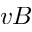
v B